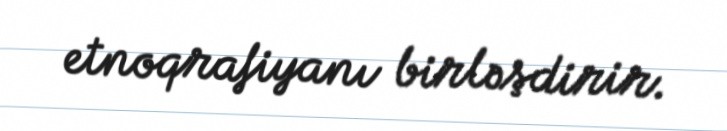
etnoqrafiyanı birləşdirir.